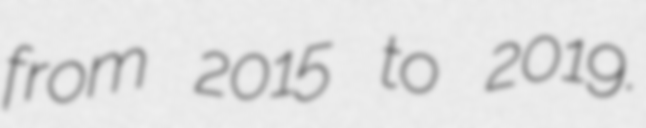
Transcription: from 2015 to 2019.